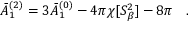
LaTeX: \bar { A } _ { 1 } ^ { ( 2 ) } = 3 \bar { A } _ { 1 } ^ { ( 0 ) } - 4 \pi \chi [ S _ { \beta } ^ { 2 } ] - 8 \pi ~ ~ ~ .